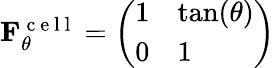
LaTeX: \begin{array}{r}{\mathbf{F}_{\theta}^{\mathrm{~c~e~l~l~}}=\left(\begin{array}{ll}{1}&{\tan(\theta)}\\ {0}&{1}\end{array}\right)}\end{array}